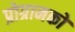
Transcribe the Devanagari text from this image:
प्रोग्रामकों